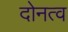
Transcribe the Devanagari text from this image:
दोनत्व